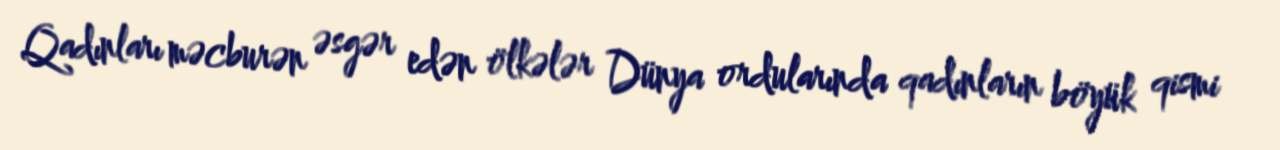
Qadınları məcburən əsgər edən ölkələr Dünya ordularında qadınların böyük qismi